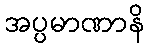
အပ္ပမာဏာနိ